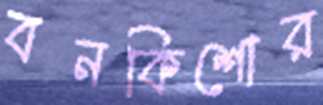
বনকিশোর